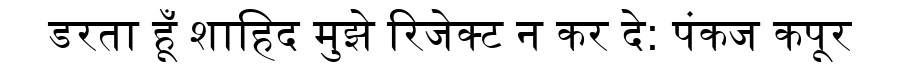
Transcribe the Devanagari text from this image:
डरता हूँ शाहिद मुझे रिजेक्ट न कर दे: पंकज कपूर